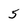
Character: 5